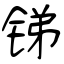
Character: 锑